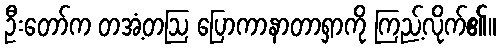
ဦးတော်က တအံ့တဩ ပြောကာနာတာရှာကို ကြည့်လိုက်၏။